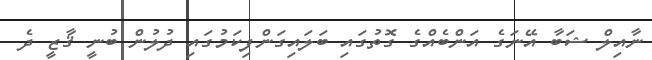
ނާއިލް ޝަބާ އޭނަގެ އަންބެއްގެ ގޮތުގައި ބަލައިގަންފިކަމުގައި ދުލުން ބުނީ ޤާޒީ ދެ